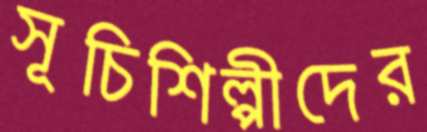
সূচিশিল্পীদের